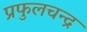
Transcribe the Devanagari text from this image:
प्रफुलचन्द्र